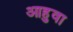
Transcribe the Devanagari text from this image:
आहुवा